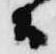
候